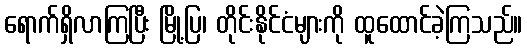
ရောက်ရှိလာကြပြီး မြို့ပြ၊ တိုင်းနိုင်ငံများကို ထူထောင်ခဲ့ကြသည်။